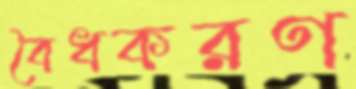
বৈধকরণ